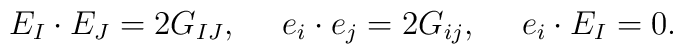
E_I \cdot E_J = 2G_{IJ}, \ \ \ \  e_i \cdot e_j = 2G_{ij}, \ \ \ \ e_i \cdot E_I = 0.